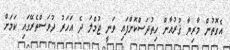
އެގޮތުން މާރިޔާ ޤުރުއާން ހިތުދަސްކޮށްފައި ވަނީ ޖުމްލަ ދެ އަހަރު ދުވަސްތެރޭގައި ކަމަށް